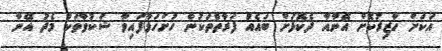
އަކަށް ހާޒިރުކޮށް އޭނާއާ ދެކޮޅަށް ބައެއް ފަރާތްތަކުން ހުށަހަޅާފައިވާ ޝަކުވާތަކާ މެދު އޭނާ